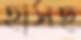
হাসছ